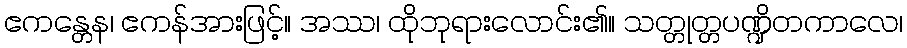
ဧကန္တေန၊ ဧကန်အားဖြင့်။ အဿ၊ ထိုဘုရားလောင်း၏။ သတ္တုတ္တပဏ္ဍိတကာလေ၊